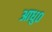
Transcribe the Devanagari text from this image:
आधु०